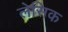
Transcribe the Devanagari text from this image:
लेसिक